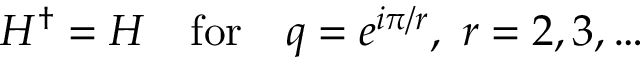
H ^ { \dagger } = H \quad \mathrm { f o r } \quad q = e ^ { i \pi / r } , \ r = 2 , 3 , \dots